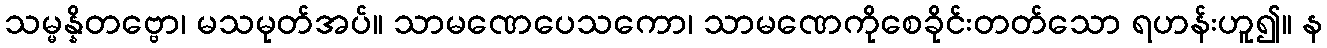
သမ္မန္နိတဗ္ဗော၊ မသမုတ်အပ်။ သာမဏေပေသကော၊ သာမဏေကိုစေခိုင်းတတ်သော ရဟန်းဟူ၍။ န